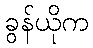
ခွန်ယိုက